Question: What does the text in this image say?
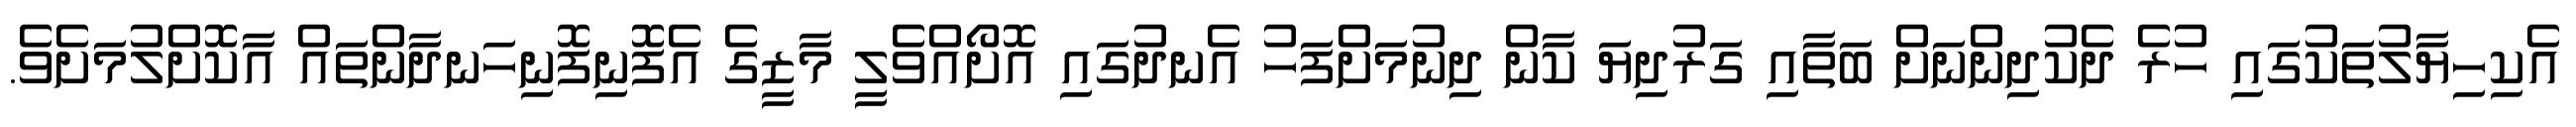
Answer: އެކިހިޔާލުތަކުގައި ހުރެ ދެކުދިންނަށް ބަތާއި ގަރުދިޔަ ކާން ދިނުމަށްފަހު އެނދުގައި އޮށޯއްވެލީ މާޒީގެ އެފޮނިފޮނިހަނދާންތައް އާކޮށްލުމަށެވެ.